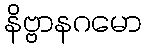
နိဗ္ဗာနဂမော